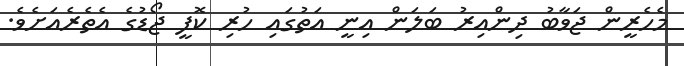
މެހެރީން ޖަވާބު ދިންއިރު ބަލަން އިނީ އަތުގައި ހުރި ކޮފީ ޖޯޑުގެ އެތެރެއަށެވެ.